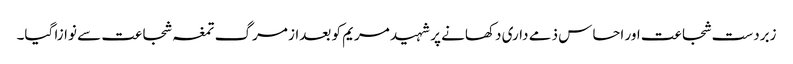
زبردست شجاعت اور احساس ذمے داری دکھانے پر شہید مریم کو بعداز مرگ تمغہ شجاعت سے نوازا گیا۔